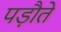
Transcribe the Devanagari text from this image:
पड़ौते